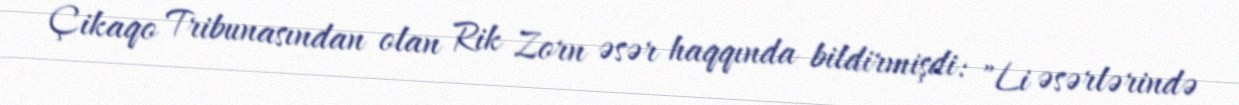
Çikaqo Tribunasından olan Rik Zorn əsər haqqında bildirmişdi: "Li əsərlərində